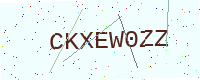
Text: CKXEW0ZZ